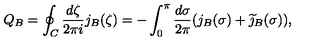
Q _ { B } = \oint _ { C } \frac { d \zeta } { 2 \pi i } j _ { B } ( \zeta ) = - \int _ { 0 } ^ { \pi } \frac { d \sigma } { 2 \pi } ( j _ { B } ( \sigma ) + \widetilde { \jmath } _ { B } ( \sigma ) ) ,